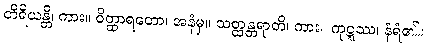
တိရိယန္တိ၊ ကား။ ဝိတ္ထာရတော၊ အနံမှ။ သတ္ထန္တရာတိ၊ ကား။ ကုဋ္ဋဿ၊ နံရံ၏။